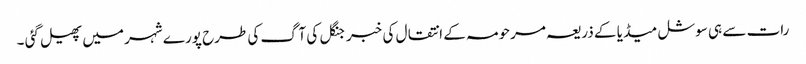
رات سے ہی سوشل میڈ یا کے ذریعہ مرحومہ کے انتقال کی خبر جنگل کی آگ کی طرح پورے شہر میں پھیل گئی ۔